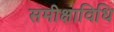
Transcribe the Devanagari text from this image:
समीक्षाविधि